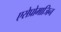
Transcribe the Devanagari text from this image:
एसेप्रोमाजिन